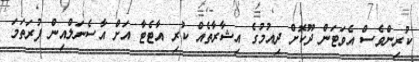
ކުރިންވެސް އެވަޓަން ދޫކޮށް ދިއުމުގެ އިޝާރާތެއް ކުރި އާޓެޓާ އަށް އާސެނަލްއިން ފުރަތަމަ